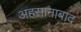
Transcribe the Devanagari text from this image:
अहसानाबाद